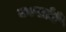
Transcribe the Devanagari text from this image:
कार्खानें